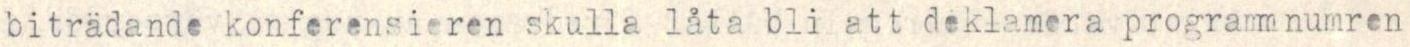
biträdande konferensieren skulla låta bli att deklamera programnumren